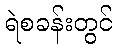
ရဲစခန်းတွင်